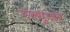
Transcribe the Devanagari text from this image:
एल्थुजर